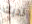
لديك